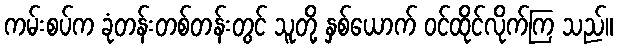
ကမ်းစပ်က ခုံတန်းတစ်တန်းတွင် သူတို့ နှစ်ယောက် ဝင်ထိုင်လိုက်ကြ သည်။